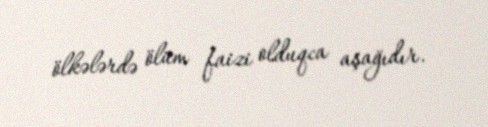
ölkələrdə ölüm faizi olduqca aşağıdır.